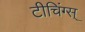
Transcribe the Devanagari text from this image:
टीचिंग्स्‌